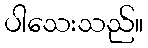
ပါသေးသည်။